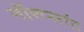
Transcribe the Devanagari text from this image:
नॉरप्लांट